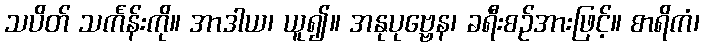
သပိတ် သင်္ကန်းကို။ အာဒါယ၊ ယူ၍။ အနုပုဗ္ဗေန၊ ခရီးစဉ်အားဖြင့်။ စာရိကံ၊